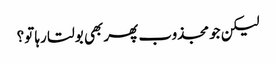
لیکن جو مجذوب پھر بھی بولتا رہا تو؟